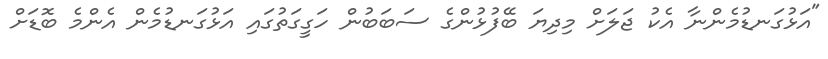
"އަޅުގަނޑުމެންނާ އެކު ޖަލަށް މިދިޔަ ބޭފުޅުންގެ ސަބަބުން ހަގީގަތުގައި އަޅުގަނޑުމެން އެންމެ ބޮޑަށް